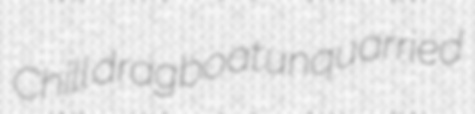
Chill dragboat unquarried